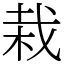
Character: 栽